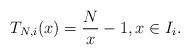
LaTeX: \begin{align*}T_{N,i}(x) = \frac{N}{x} - 1, x \in I_i. \end{align*}